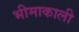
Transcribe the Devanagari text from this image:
भीमाकाली